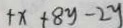
+ x + 8 y - 2 y